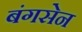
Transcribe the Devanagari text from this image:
बंगसेन